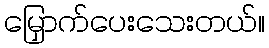
မြှောက်ပေးသေးတယ်။